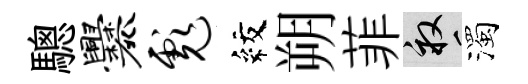
驄爨彪紋朔菲畝濁